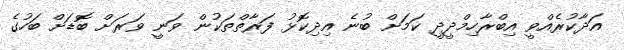
އަދާކުރެއްވީ އިބްރާހިމްދީދީ ކަމަށް ބުނެ އިދިކޮޅު ފަރާތްތަކުން ވަނީ ވަރަށް ބޮޑަށް ބަހުގެ